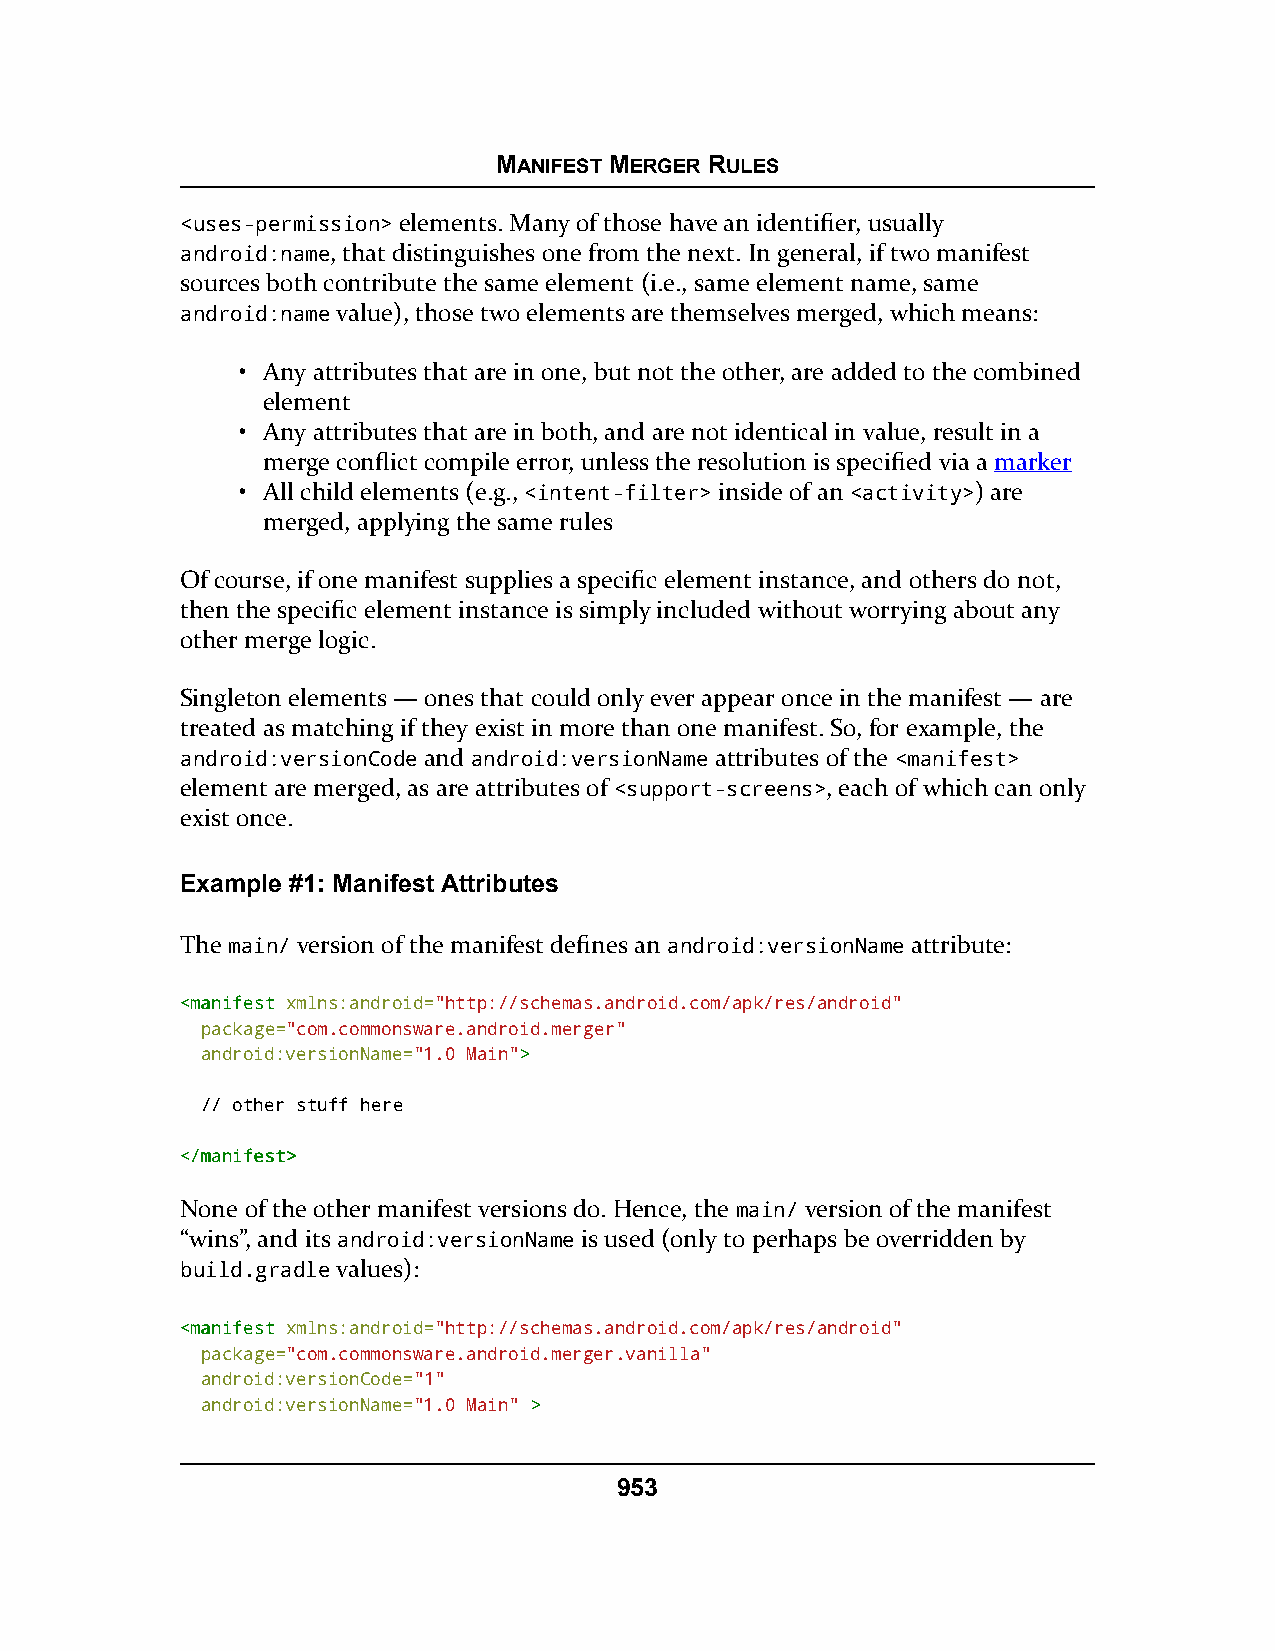
MANIFEST MERGER RULES
 <uses-permission> elements. Many of those have an identifier, usually
 android:name, that distinguishes one from the next. In general, if two manifest
 sources both contribute the same element (i.e., same element name, same
 android:name value), those two elements are themselves merged, which means:
 • Any attributes that are in one, but not the other, are added to the combined
 element
 • Any attributes that are in both, and are not identical in value, result in a
 merge conflict compile error, unless the resolution is specified via a marker
 • All child elements (e.g., <intent-filter> inside of an <activity>) are
 merged, applying the same rules
 Of course, if one manifest supplies a specific element instance, and others do not,
 then the specific element instance is simply included without worrying about any
 other merge logic.
 Singleton elements — ones that could only ever appear once in the manifest — are
 treated as matching if they exist in more than one manifest. So, for example, the
 android:versionCode and android:versionName attributes of the <manifest>
 element are merged, as are attributes of <support-screens>, each of which can only
 exist once.
 Example #1: Manifest Attributes
 The main/ version of the manifest defines an android:versionName attribute:
 <<mmaanniiffeesstt xmlns:android="http://schemas.android.com/apk/res/android"
 package="com.commonsware.android.merger"
 android:versionName="1.0 Main">>
 // other stuff here
 <<//mmaanniiffeesstt>>
 None of the other manifest versions do. Hence, the main/ version of the manifest
 “wins”, and its android:versionName is used (only to perhaps be overridden by
 build.gradle values):
 <<mmaanniiffeesstt xmlns:android="http://schemas.android.com/apk/res/android"
 package="com.commonsware.android.merger.vanilla"
 android:versionCode="1"
 android:versionName="1.0 Main" >>
 953